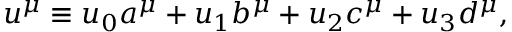
u ^ { \mu } \equiv u _ { 0 } a ^ { \mu } + u _ { 1 } b ^ { \mu } + u _ { 2 } c ^ { \mu } + u _ { 3 } d ^ { \mu } ,